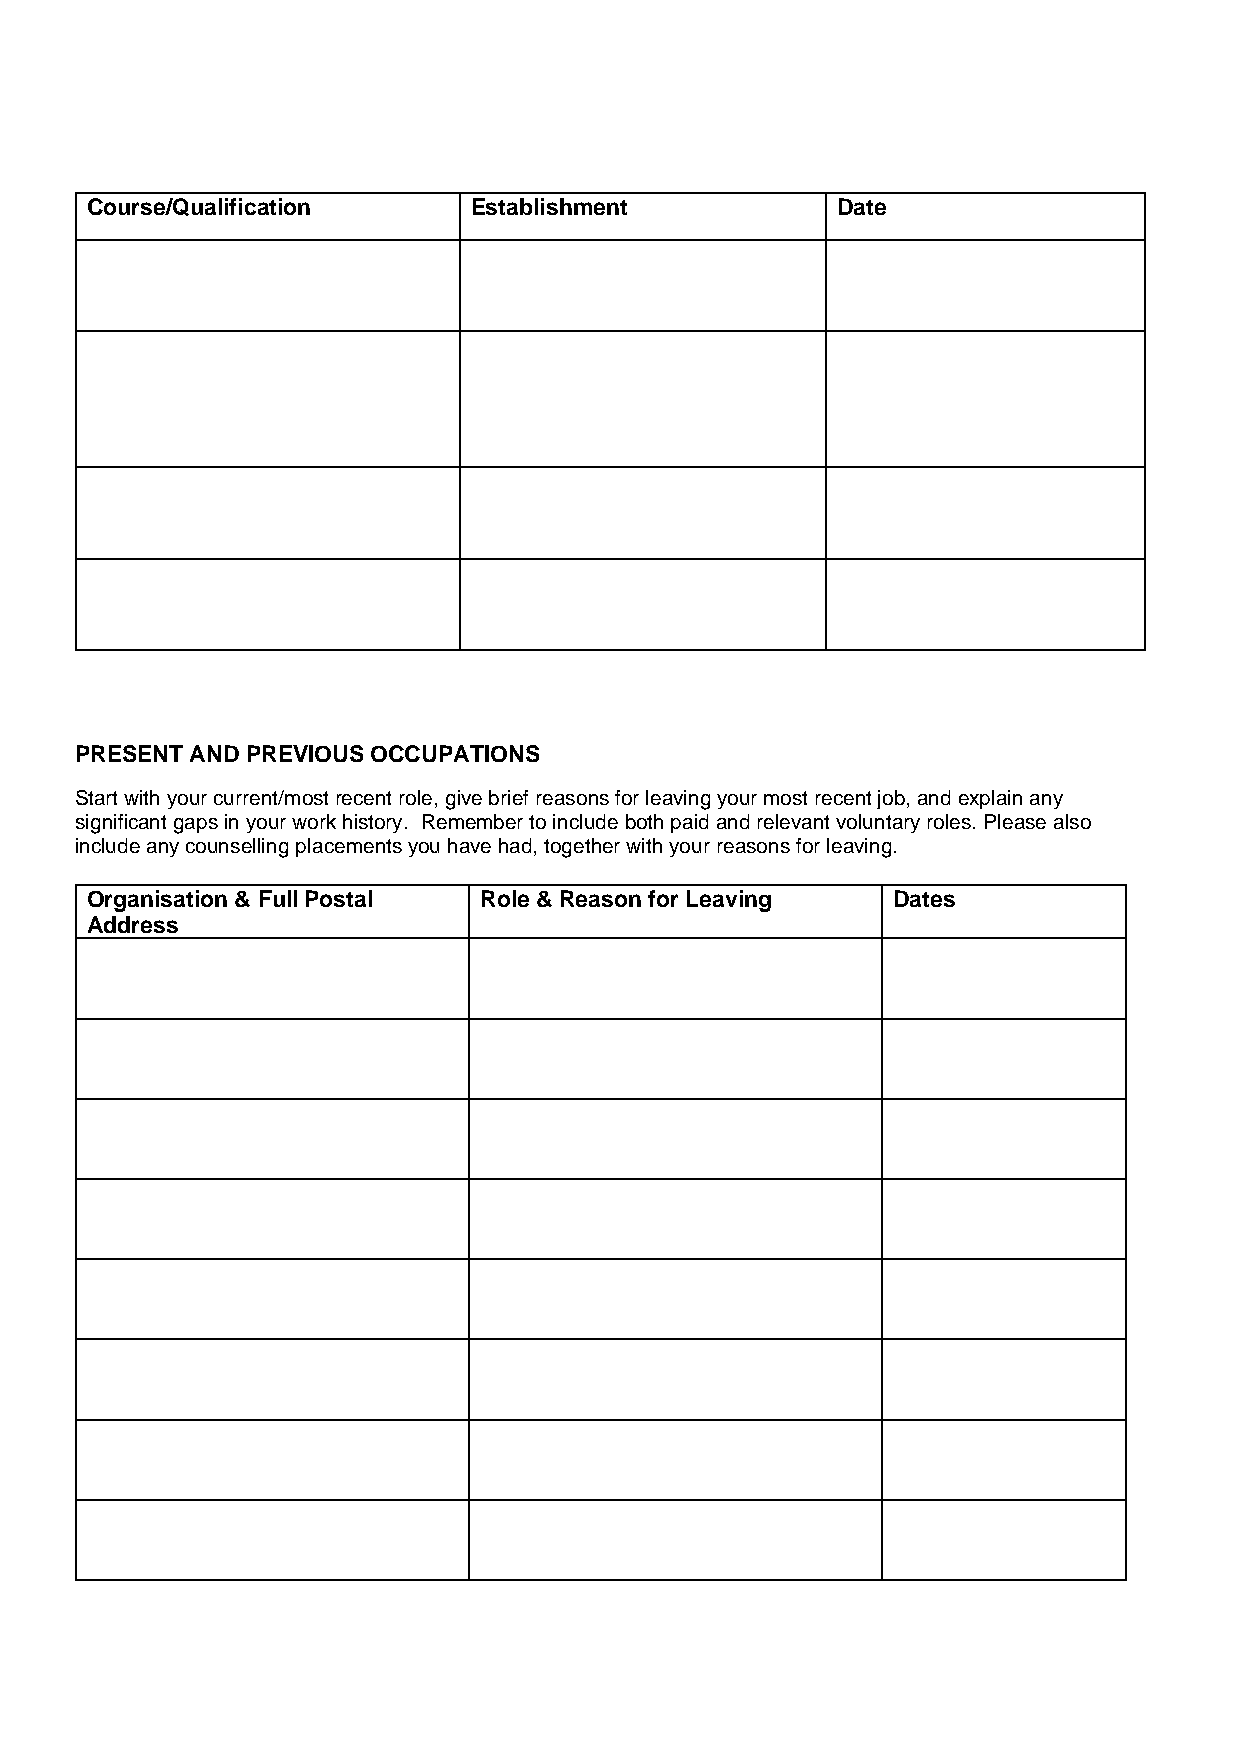
Course/Qualification     Establishment           Date
 PRESENT AND PREVIOUS OCCUPATIONS
 Start with your current/most recent role, give brief reasons for leaving your most recent job, and explain any
 significant gaps in your work history. Remember to include both paid and relevant voluntary roles. Please also
 include any counselling placements you have had, together with your reasons for leaving.
 Organisation & Full Postal Role & Reason for Leaving Dates
 Address